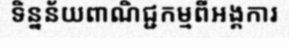
ទិន្នន័យពាណិជ្ជកម្មពីអង្គការ